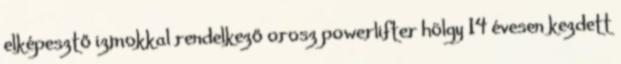
elképesztő izmokkal rendelkező orosz powerlifter hölgy 14 évesen kezdett